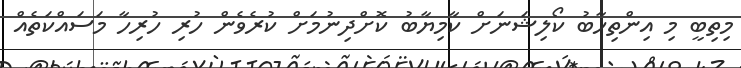
މިތިބީ މި އިންތިހާބު ކޯލިޝަނަށް ކާމިޔާބު ކޮށްދިނުމަށް ކުރެވެން ހުރި ހުރިހާ މަސައްކަތެއް